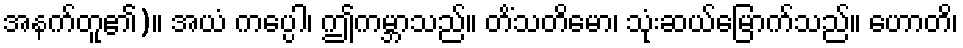
အနက်တူ၏)။ အယံ ကပ္ပေါ၊ ဤကမ္ဘာသည်။ တိံသတိမော၊ သုံးဆယ်မြောက်သည်။ ဟောတိ၊